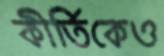
কীর্তিকেও